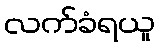
လက်ခံရယူ